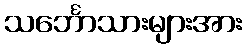
သင်္ဘောသားများအား